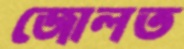
জোলত